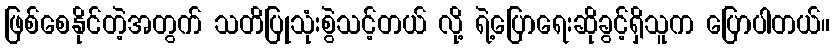
ဖြစ်စေနိုင်တဲ့အတွက် သတိပြုသုံးစွဲသင့်တယ် လို့ ရဲ့ပြောရေးဆိုခွင့်ရှိသူက ပြောပါတယ်။